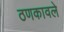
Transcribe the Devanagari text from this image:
ठणकावले